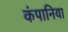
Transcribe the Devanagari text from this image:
कंपानिया